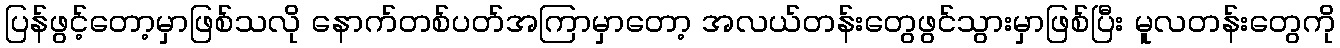
ပြန်ဖွင့်တော့မှာဖြစ်သလို နောက်တစ်ပတ်အကြာမှာတော့ အလယ်တန်းတွေဖွင်သွားမှာဖြစ်ပြီး မူလတန်းတွေကို